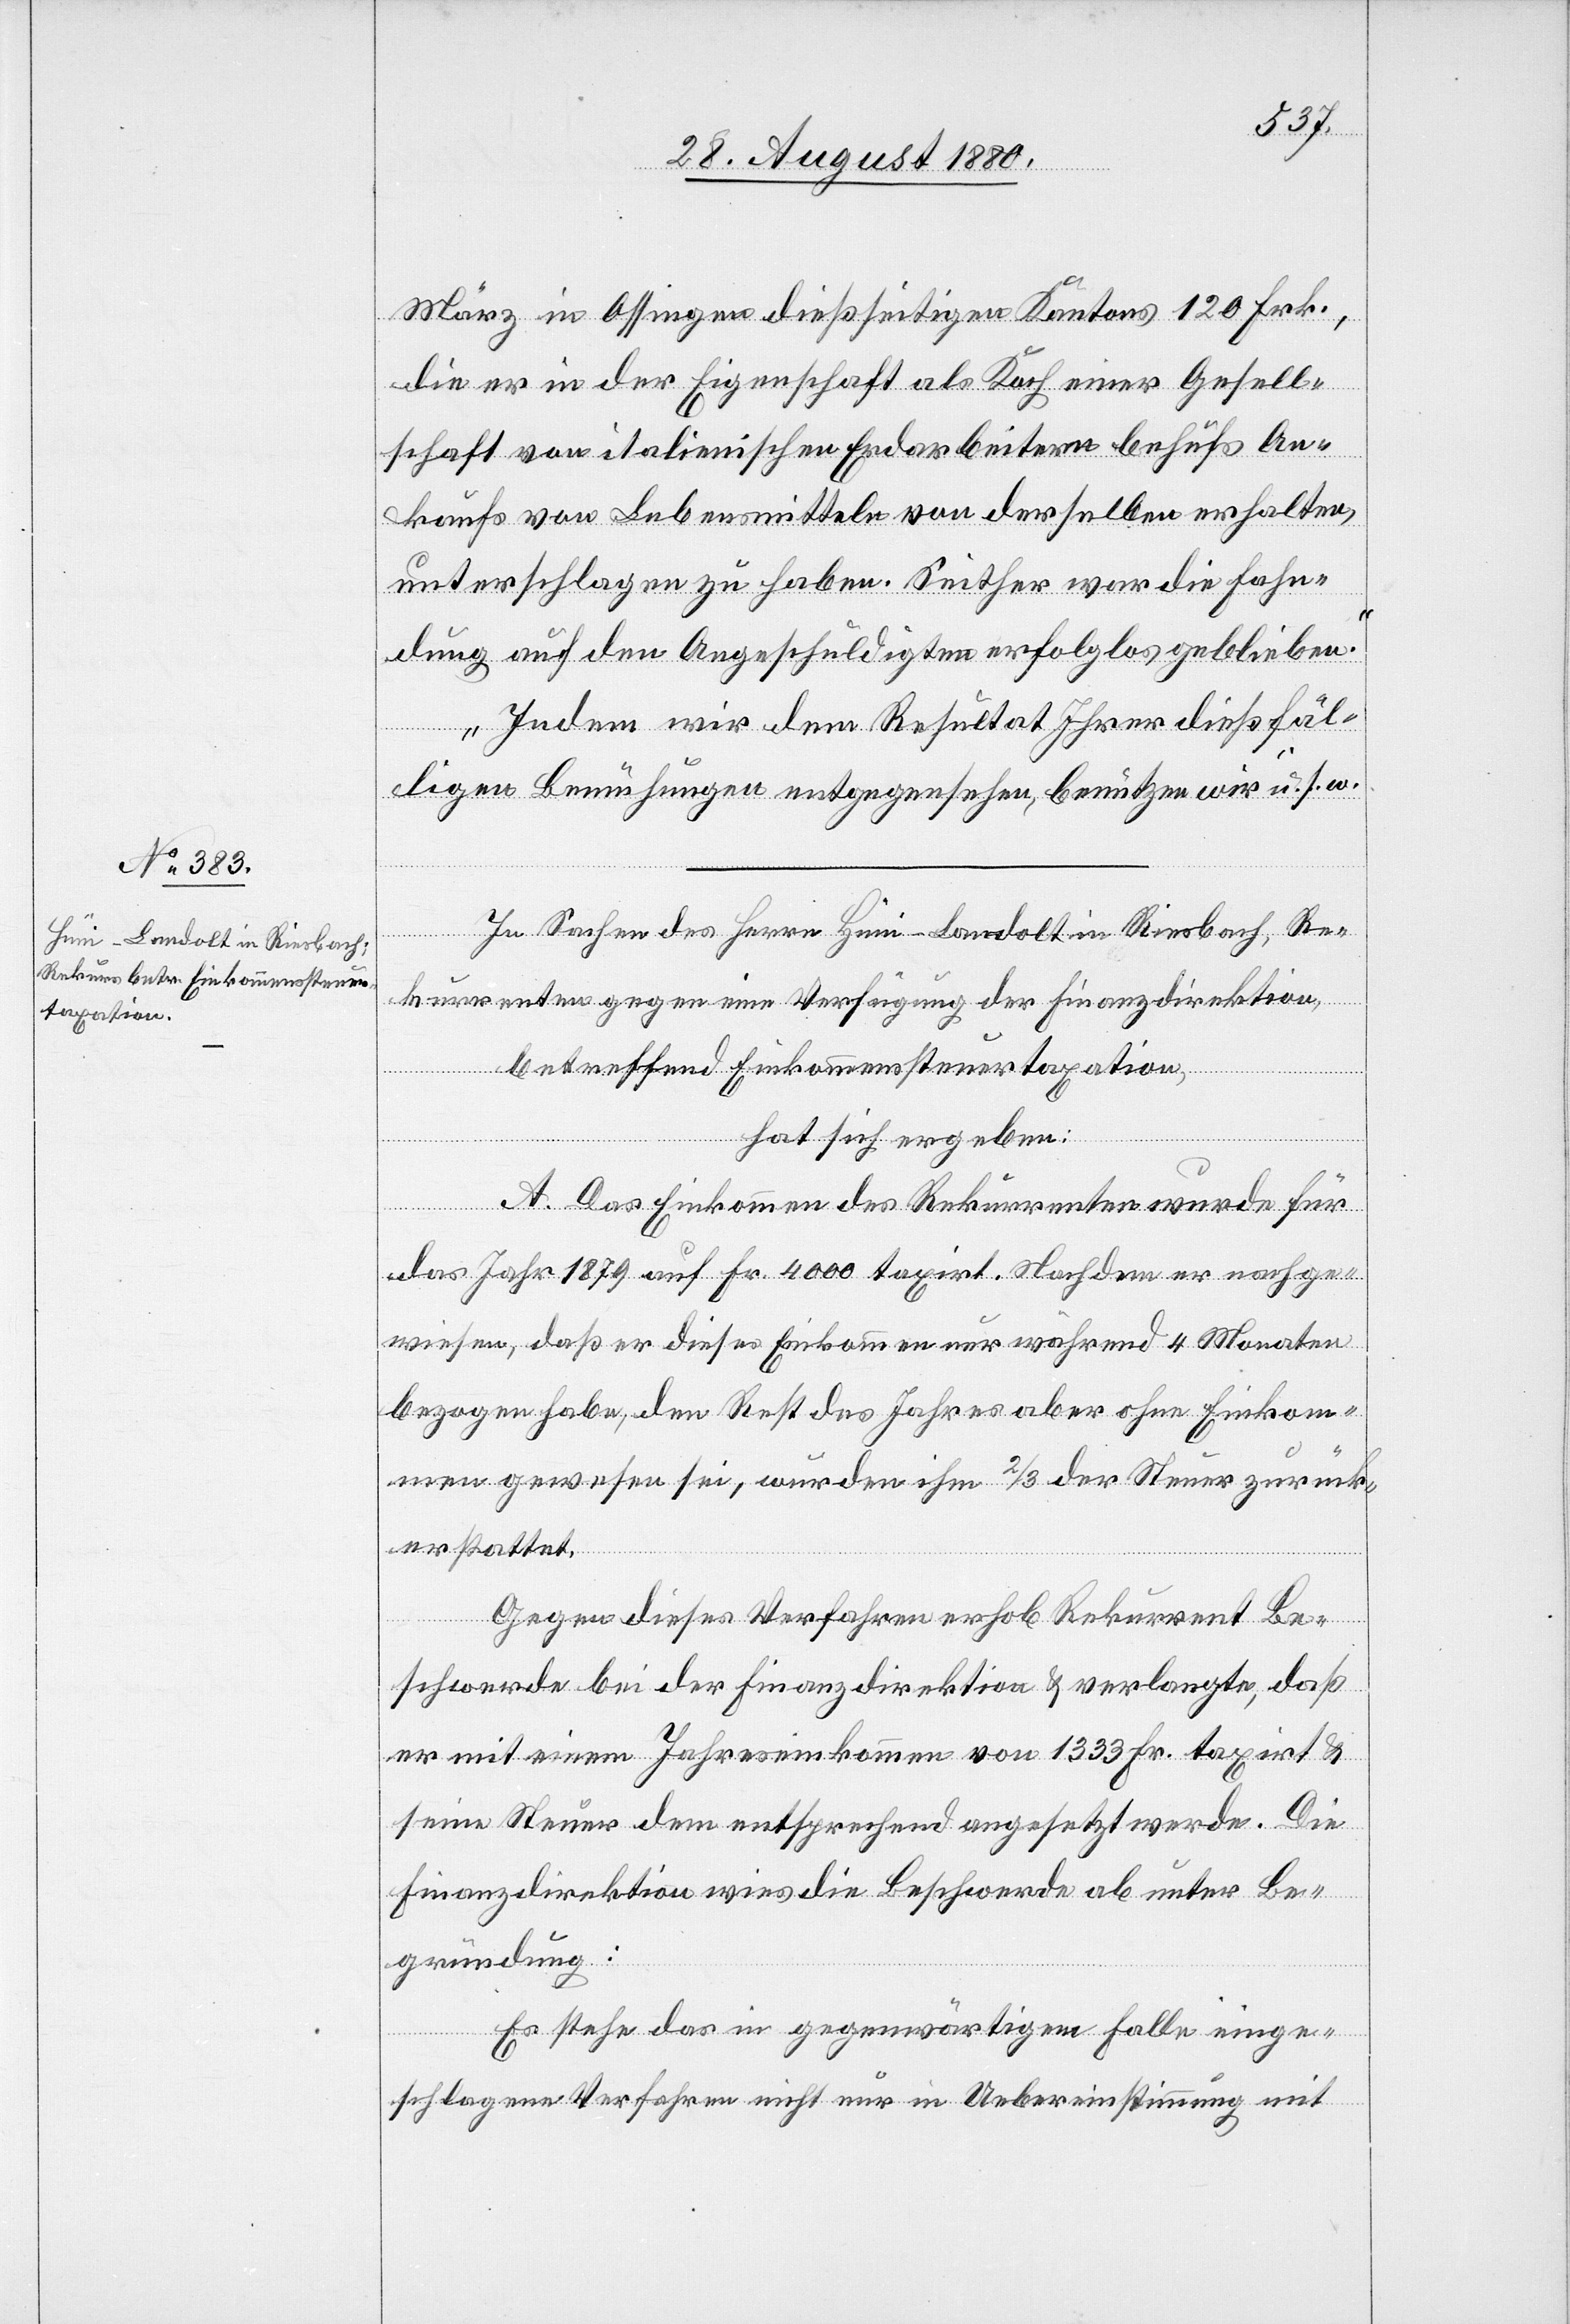
März in Ossingen dießseitigen Kantons 120 Frk.,
die er in der Eigenschaft als Koch einer Gesell¬
schaft von italienischen Erdarbeitern behufs An¬
kaufs von Lebensmitteln von derselben erhalten,
unterschlagen zu haben. Seither war die Fahn¬
dung auf den Angeschuldigten erfolglos geblieben.
Indem wir dem Resultat Ihrer dießfäl¬
ligen Bemühungen entgegensehen, benützen wir u. s. w.
In Sachen des Herrn Hüni-Landolt in Riesbach, Re¬
kurrenten gegen eine Verfügung der Finanzdirektion,
betreffend Einkommenssteuertaxation,
hat sich ergeben:
A. Das Einkommen des Rekurrenten wurde für
das Jahr 1879 auf Fr. 4000 taxirt. Nachdem er nachge¬
wiesen, daß er dieses Einkommen nur während 4 Monaten
bezogen habe, den Rest des Jahres aber ohne Einkom¬
men gewesen sei, wurden ihm 2/3 der Steuer zurück¬
erstattet.
Gegen dieses Verfahren erhob Rekurrent Be¬
schwerde bei der Finanzdirektion & verlangte, daß
er mit einem Jahreseinkommen von 1333 Fr. taxirt &
seine Steuer dementsprechend angesetzt werde. Die
Finanzdirektion wies die Beschwerde ab unter Be¬
gründung:
Es stehe das in gegenwärtigem Falle einge¬
schlagene Verfahren nicht nur in Uebereinstimmung mit